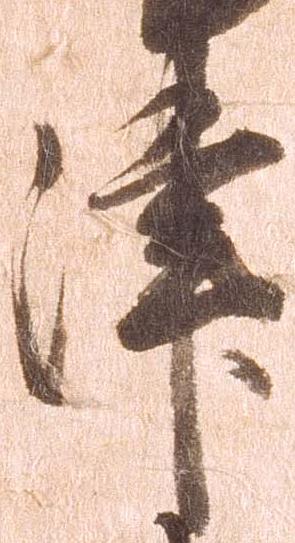
津